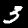
Label: 3